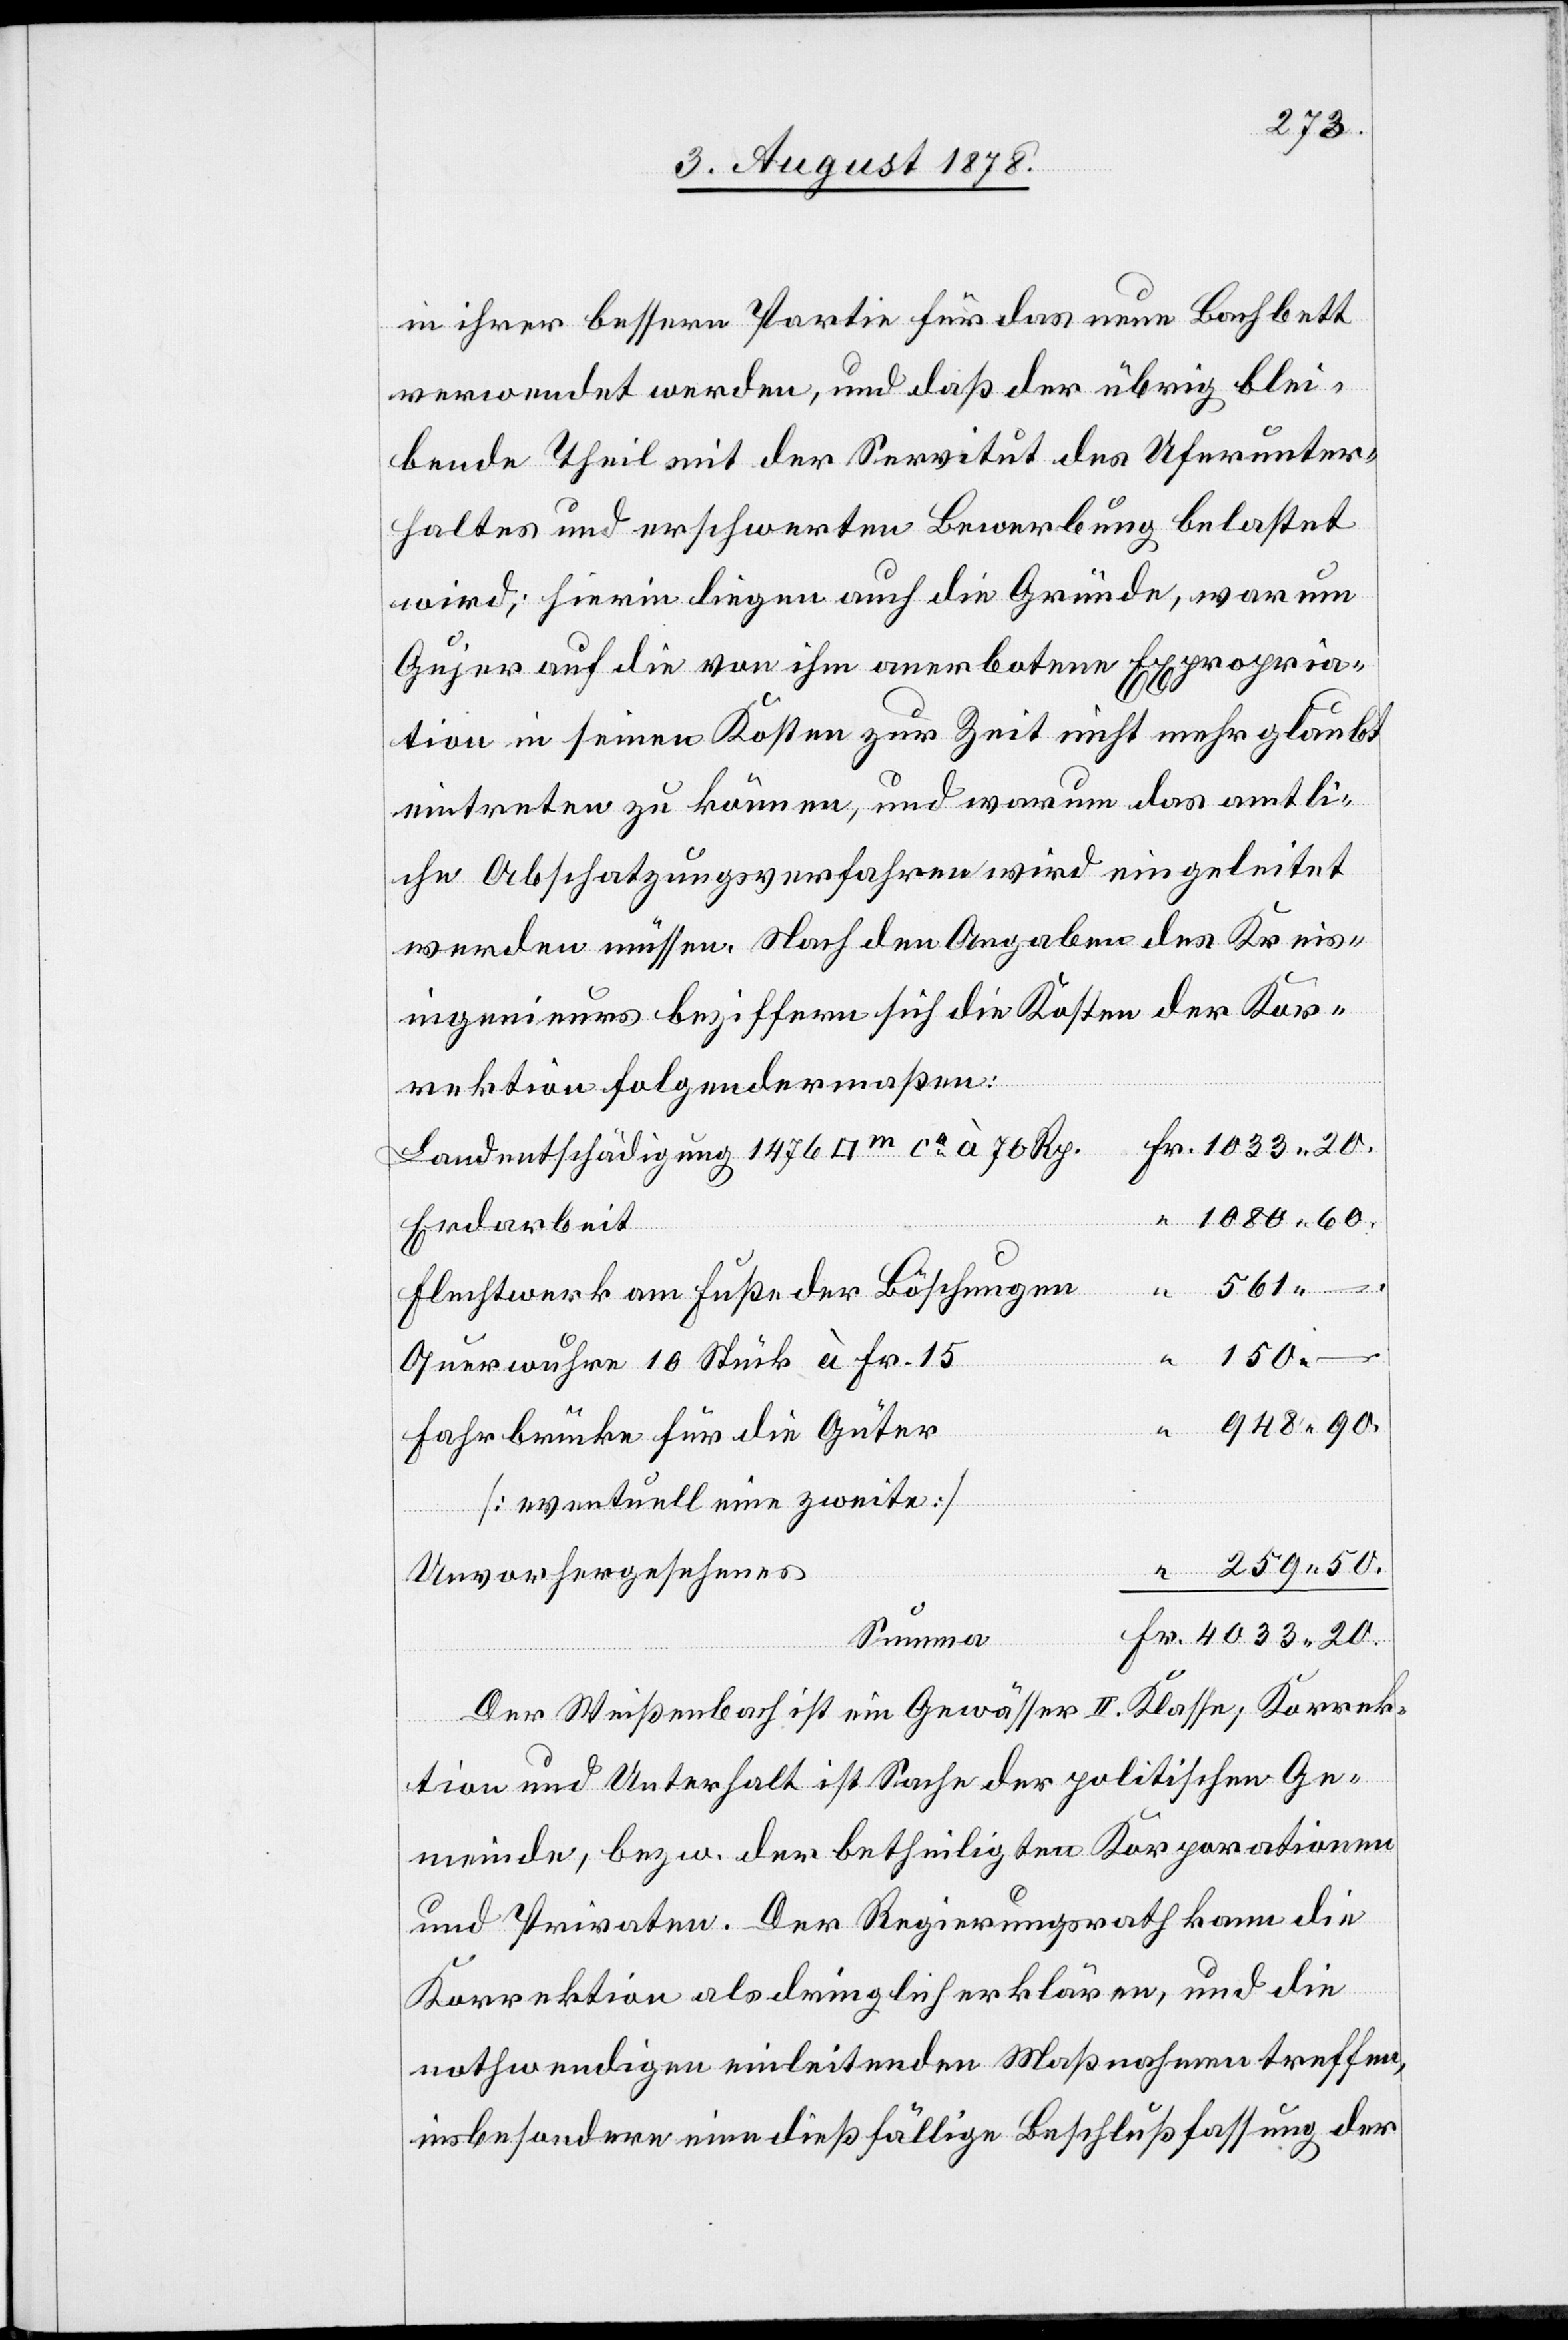
in ihrer bessern Partie für das neue Bachbett
verordnet werden, und daß der übrig blei¬
bende Theil mit der Servitut des Uferunter¬
haltes und erschwerten Bewerbung belastet
wird; hierin liegen auch die Gründe, warum
Gujer auf die von ihm anerbotene Expropria¬
tion in seinen Kosten zur Zeit nicht mehr glaubt
eintreten zu können, und warum das amtli¬
che Abschatzungsverfahren wird eingeleitet
werden müssen. Nach den Angaben des Kreis¬
ingenieurs beziffern sich die Kosten der Kor¬
rektion folgendermaßen:
Landentschädigung 1476 [Quadratmeter] ca à 70 Rp.
1080 60.
Erdarbeit
Flechtwerk am Fuße der Böschungen
Querwuhre 10 Stück à Fr. 15
948 90.
.
Fahrbrücke für die Güter
[eventuell eine zweite]
Unvorhergesehenes
20.
Summa
Der Weißenbach ist ein Gewässer II. Klasse; Korrek¬
tion und Unterhalt ist Sache der politischen Ge¬
meinde, bezw. der betheiligten Korporationen
und Privaten. Der Regierungsrath kann die
Korrektion als dringlich erklären, und die
nothwendigen einleitenden Maßnahmen treffen,
insbesondere eine dießfällige Beschlussfassung der